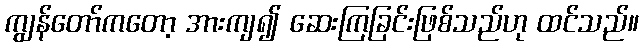
ကျွန်တော်ကတော့ အားကျ၍ ဆေးကြခြင်းဖြစ်သည်ဟု ထင်သည်။